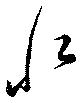
水